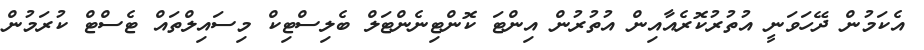
އެކަމުން ދޭހަވަނީ އުތުރުކޮރެއާއިން އުތުރުން އިންޓަ ކޮންޓިނެންޓަލް ބެލިސްޓިކް މިސައިލްތައް ޓެސްޓް ކުރަމުން